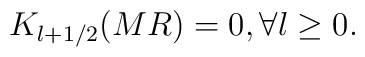
K_{l+1/2}(MR)=0, \forall l \geq 0.